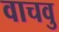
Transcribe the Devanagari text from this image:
वाचवु